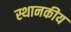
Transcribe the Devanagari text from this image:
स्थानकीय